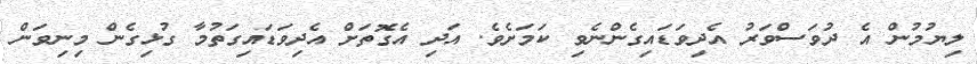
ލިޔުމުން އެ ދުވަސްވަރު އެދިވަޑައިގެންނެވި ކަމަށެވެ. އަދި އެގޮތަށް އެދިވަޑައިގަތުމާ ގުޅިގެން މިނިވަން